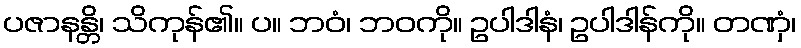
ပဇာနန္တိ၊ သိကုန်၏။ ပ။ ဘဝံ၊ ဘဝကို။ ဥပါဒါနံ၊ ဥပါဒါန်ကို။ တဏှံ၊